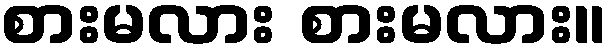
စားမလား စားမလား။